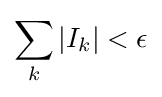
\sum _{k}|I_{k}|<\epsilon